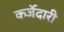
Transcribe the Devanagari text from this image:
कर्जेदारी